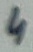
Text: 4